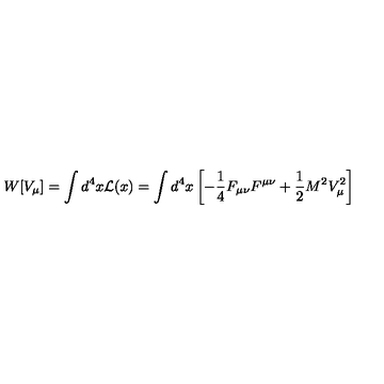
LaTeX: W [ V _ { \mu } ] = \int d ^ { 4 } x { \cal L } ( x ) = \int d ^ { 4 } x \left[ - { \frac { 1 } { 4 } } F _ { \mu \nu } F ^ { \mu \nu } + { \frac { 1 } { 2 } } M ^ { 2 } V _ { \mu } ^ { 2 } \right]